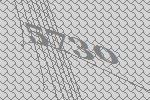
5730